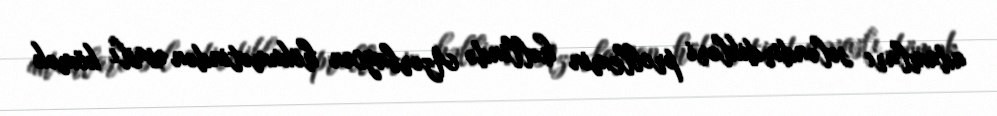
adamları sələndirdikləri problemin həllində Azərbaycan hökumətindən əsaslı kömək